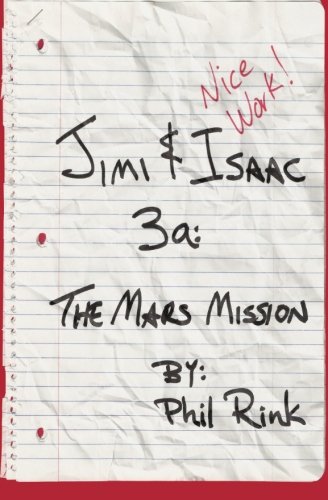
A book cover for Jimi & Isaac 3a: The Mars Mission; Phil Rink; Children's Books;